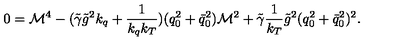
0 = { \cal M } ^ { 4 } - ( \tilde { \gamma } \tilde { g } ^ { 2 } k _ { q } + \frac 1 { k _ { q } k _ { T } } ) ( q _ { 0 } ^ { 2 } + \bar { q } _ { 0 } ^ { 2 } ) { \cal M } ^ { 2 } + \tilde { \gamma } \frac 1 { k _ { T } } \tilde { g } ^ { 2 } ( q _ { 0 } ^ { 2 } + \bar { q } _ { 0 } ^ { 2 } ) ^ { 2 } .